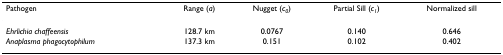
| Pathogen | Range (a) | Nugget (c0) | Partial Sill (c1) | Normalized sill |
 | --- | --- | --- | --- | --- |
 | Ehrlichia chaffeensis | 128.7 km | 0.0767 | 0.140 | 0.646 |
 | Anaplasma phagocytophilum | 137.3 km | 0.151 | 0.102 | 0.402 |